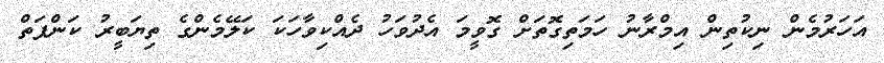
އަހަރުމެން ނިކުތިން އިމްރާނު ހަމަތިގޮތަށް ގޮވީމަ އެދުވަހު ދެއްކިވާހަކަ ކަލޭމެންގެ ތިޔަބީރު ކަންފަތް